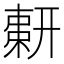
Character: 𢍫